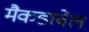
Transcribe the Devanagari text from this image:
मैकडाबेल